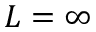
L = \infty